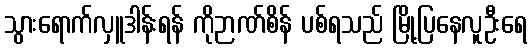
သွားရောက်လှူဒါန်းရန် ကိုဉာဏ်စိန် ပစ်ရသည် မြို့ပြနေလူဦးရေ